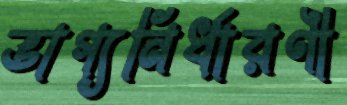
ভাগ্যনির্ধারণী